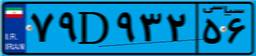
۷۹D۹۳۲۵۶